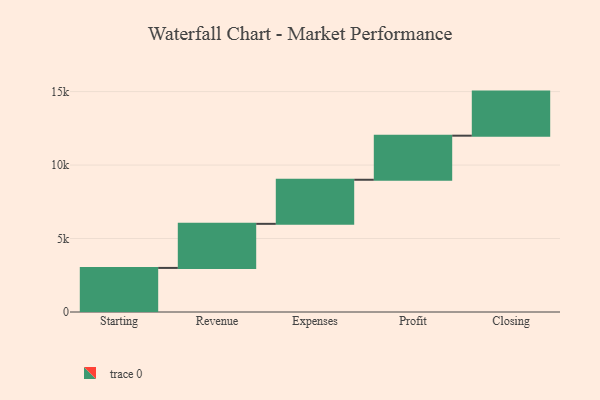
{"axis": {"x": "Step", "y": "Value"}, "legend": [""], "data": [{"x": "Starting", "y": 3000, "type": ""}, {"x": "Revenue", "y": 3000, "type": ""}, {"x": "Expenses", "y": 3000, "type": ""}, {"x": "Profit", "y": 3000, "type": ""}, {"x": "Closing", "y": 3000, "type": ""}]}